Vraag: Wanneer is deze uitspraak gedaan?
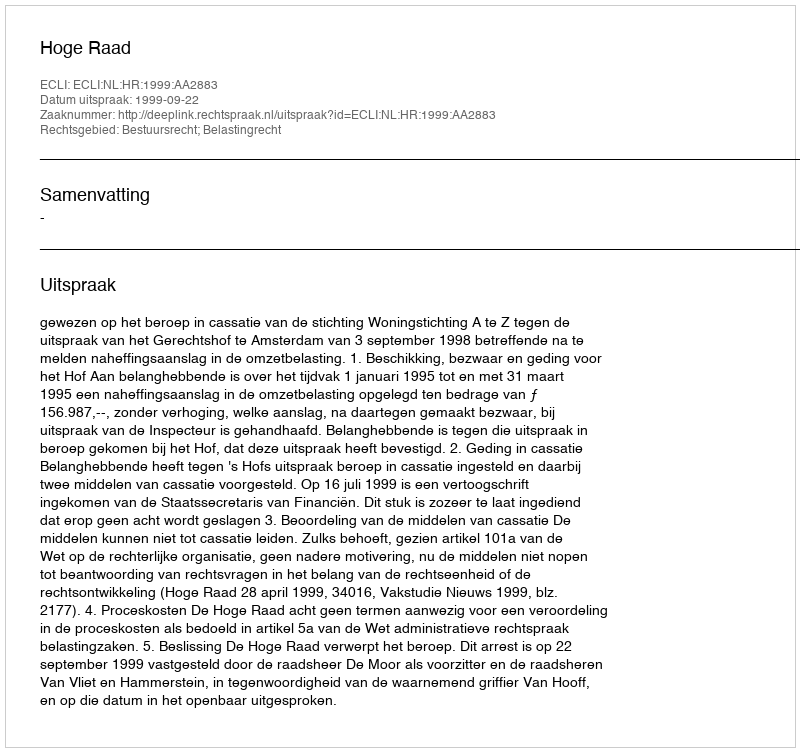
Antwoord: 1999-09-22